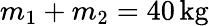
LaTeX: m_{1}+m_{2}=40\, \mathrm{kg}